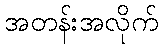
အတန်းအလိုက်